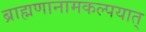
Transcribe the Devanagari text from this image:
ब्राह्मणानामकल्पयात्‌